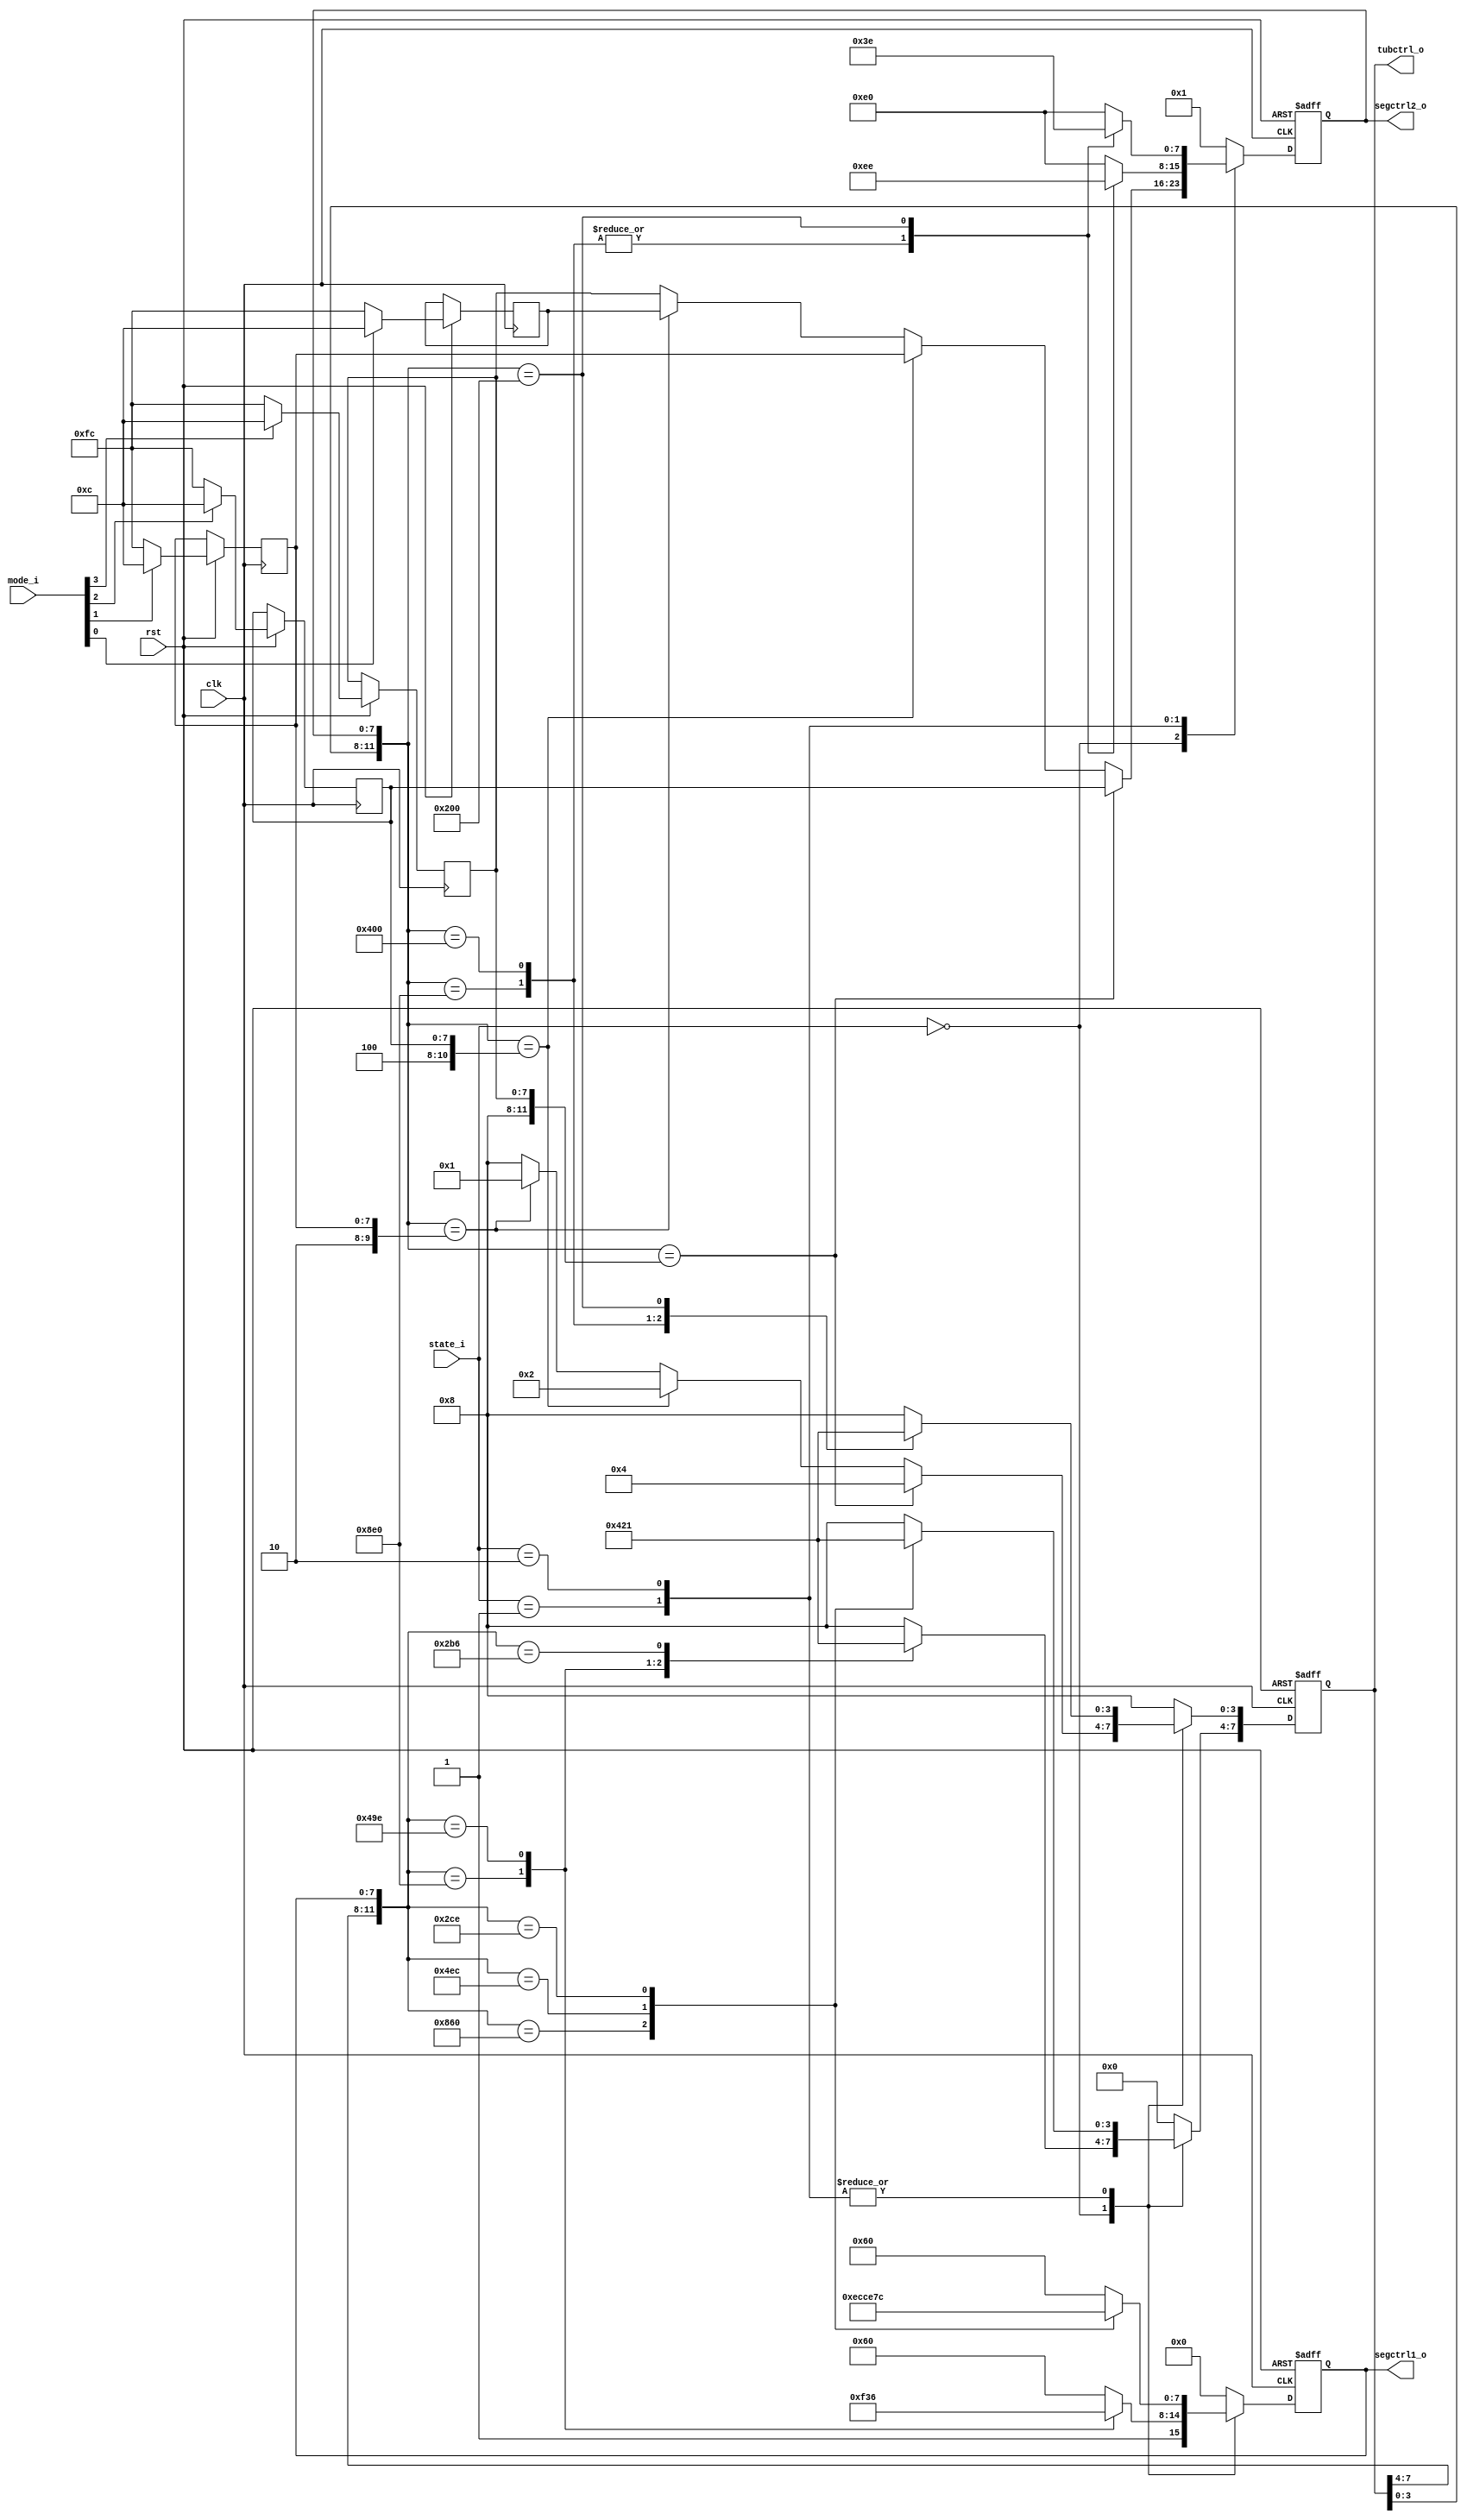
`timescale 1ns / 1ps
//////////////////////////////////////////////////////////////////////////////////
// Company: 
// Engineer: 
// 
// Design Name: 
// Module Name: OutputFiller
// Project Name: 
// Target Devices: 
// Tool Versions: 
// Description: 
// 
// Dependencies: 
// 
// Revision:
// Revision 0.01 - File Created
// Additional Comments:
// 
//////////////////////////////////////////////////////////////////////////////////


module Printer(
input clk, rst,
input [3:0] mode_i,
input [1:0] state_i,
output [7:0] tubctrl_o, segctrl1_o, segctrl2_o
    );
    reg [7:0] content_i [7:0];
    reg [7:0] num [3:0];
    reg [7:0] tubctrl, segctrl1, segctrl2;
    assign tubctrl_o = tubctrl;
    assign segctrl1_o = segctrl1;
    assign segctrl2_o = segctrl2;
    always @(posedge clk or negedge rst) begin
    if(~rst) begin
        tubctrl<=8'b10001000;
        segctrl1<=8'b11100000;
        segctrl2<=8'b00000000;
    end else begin
        case(mode_i[0])
            1'b1: num[0] <= 8'b00001100;
            default: num[0] <= 8'b11111100;
        endcase
        case(mode_i[1])
            1'b1: num[1] <= 8'b00001100;
            default: num[1] <= 8'b11111100;
        endcase
        case(mode_i[2])
            1'b1: num[2] <= 8'b00001100;
            default: num[2] <= 8'b11111100;
        endcase
        case(mode_i[3])
            1'b1: num[3] <= 8'b00001100;
            default: num[3] <= 8'b11111100;
        endcase
        case(state_i)
            2'b00:begin // output test sample index
                case({tubctrl[7:4], segctrl1})
                    12'b1000_11100000: {tubctrl[7:4], segctrl1} <= 12'b0100_10011110;
                    12'b0100_10011110: {tubctrl[7:4], segctrl1} <= 12'b0010_10110110;
                    12'b0010_10110110: {tubctrl[7:4], segctrl1} <= 12'b0001_11100000;
                    12'b0001_11100000: {tubctrl[7:4], segctrl1} <= 12'b1000_11100000;
                    default: {tubctrl[7:4], segctrl1} <= 12'b1000_11100000;
                endcase
                case({tubctrl[3:0], segctrl2})
                    {4'b1000, num[3]}: {tubctrl[3:0], segctrl2} <= {4'b0100, num[2]};
                    {4'b0100, num[2]}: {tubctrl[3:0], segctrl2} <= {4'b0010, num[1]};
                    {4'b0010, num[1]}: {tubctrl[3:0], segctrl2} <= {4'b0001, num[0]};
                    {4'b0001, num[0]}: {tubctrl[3:0], segctrl2} <= {4'b1000, num[3]};
                    default: {tubctrl[3:0], segctrl2} <= {4'b1000, num[3]};
                endcase
            end
            2'b01:begin // output "input A"
                case({tubctrl[7:4], segctrl1})
                    12'b1000_01100000: {tubctrl[7:4], segctrl1} <= 12'b0100_11101100;
                    12'b0100_11101100: {tubctrl[7:4], segctrl1} <= 12'b0010_11001110;
                    12'b0010_11001110: {tubctrl[7:4], segctrl1} <= 12'b0001_01111100;
                    12'b0001_01111100: {tubctrl[7:4], segctrl1} <= 12'b1000_01100000;
                    default: {tubctrl[7:4], segctrl1} <= 12'b1000_01100000;
                endcase
                case({tubctrl[3:0], segctrl2})
                    12'b1000_11100000: {tubctrl[3:0], segctrl2} <= 12'b0100_00000000;
                    12'b0100_00000000: {tubctrl[3:0], segctrl2} <= 12'b0010_00000000;
                    12'b0010_00000000: {tubctrl[3:0], segctrl2} <= 12'b0001_11101110;
                    12'b0001_11101110: {tubctrl[3:0], segctrl2} <= 12'b1000_11100000;
                    default: {tubctrl[3:0], segctrl2} <= 12'b1000_11100000;
                endcase
            end
            2'b10:begin // output "input B"
                case({tubctrl[7:4], segctrl1})
                    12'b1000_01100000: {tubctrl[7:4], segctrl1} <= 12'b0100_11101100;
                    12'b0100_11101100: {tubctrl[7:4], segctrl1} <= 12'b0010_11001110;
                    12'b0010_11001110: {tubctrl[7:4], segctrl1} <= 12'b0001_01111100;
                    12'b0001_01111100: {tubctrl[7:4], segctrl1} <= 12'b1000_01100000;
                    default: {tubctrl[7:4], segctrl1} <= 12'b1000_01100000;
                endcase
                case({tubctrl[3:0], segctrl2})
                    12'b1000_11100000: {tubctrl[3:0], segctrl2} <= 12'b0100_00000000;
                    12'b0100_00000000: {tubctrl[3:0], segctrl2} <= 12'b0010_00000000;
                    12'b0010_00000000: {tubctrl[3:0], segctrl2} <= 12'b0001_00111110;
                    12'b0001_00111110: {tubctrl[3:0], segctrl2} <= 12'b1000_11100000;
                    default: {tubctrl[3:0], segctrl2} <= 12'b1000_11100000;
                endcase
            end
            default:begin
                tubctrl<=8'b00001000;
                segctrl1<=8'b00000000;
                segctrl2<=8'b00000001;
            end
        endcase
    end
    end
endmodule